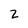
Character: z